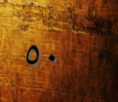
٥٠